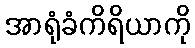
အာရုံခံကိရိယာကို